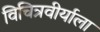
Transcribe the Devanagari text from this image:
विचित्रवीर्याला